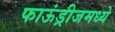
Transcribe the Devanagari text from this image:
फाऊंड्रीजमध्ये